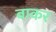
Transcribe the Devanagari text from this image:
बाकर